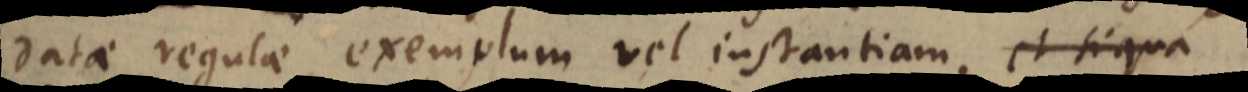
datae regulae exemplum vel instantiam, et si qua